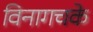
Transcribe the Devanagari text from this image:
विनागचके